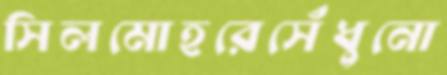
সিলমোহরেসেঁধুনো